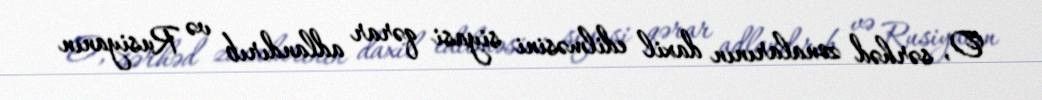
O, sərhəd zonalarının daxil edilməsini siyasi qərar adlandırıb və Rusiyanın